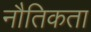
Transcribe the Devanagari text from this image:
नौतिकता